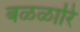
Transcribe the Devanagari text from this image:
बळळारि